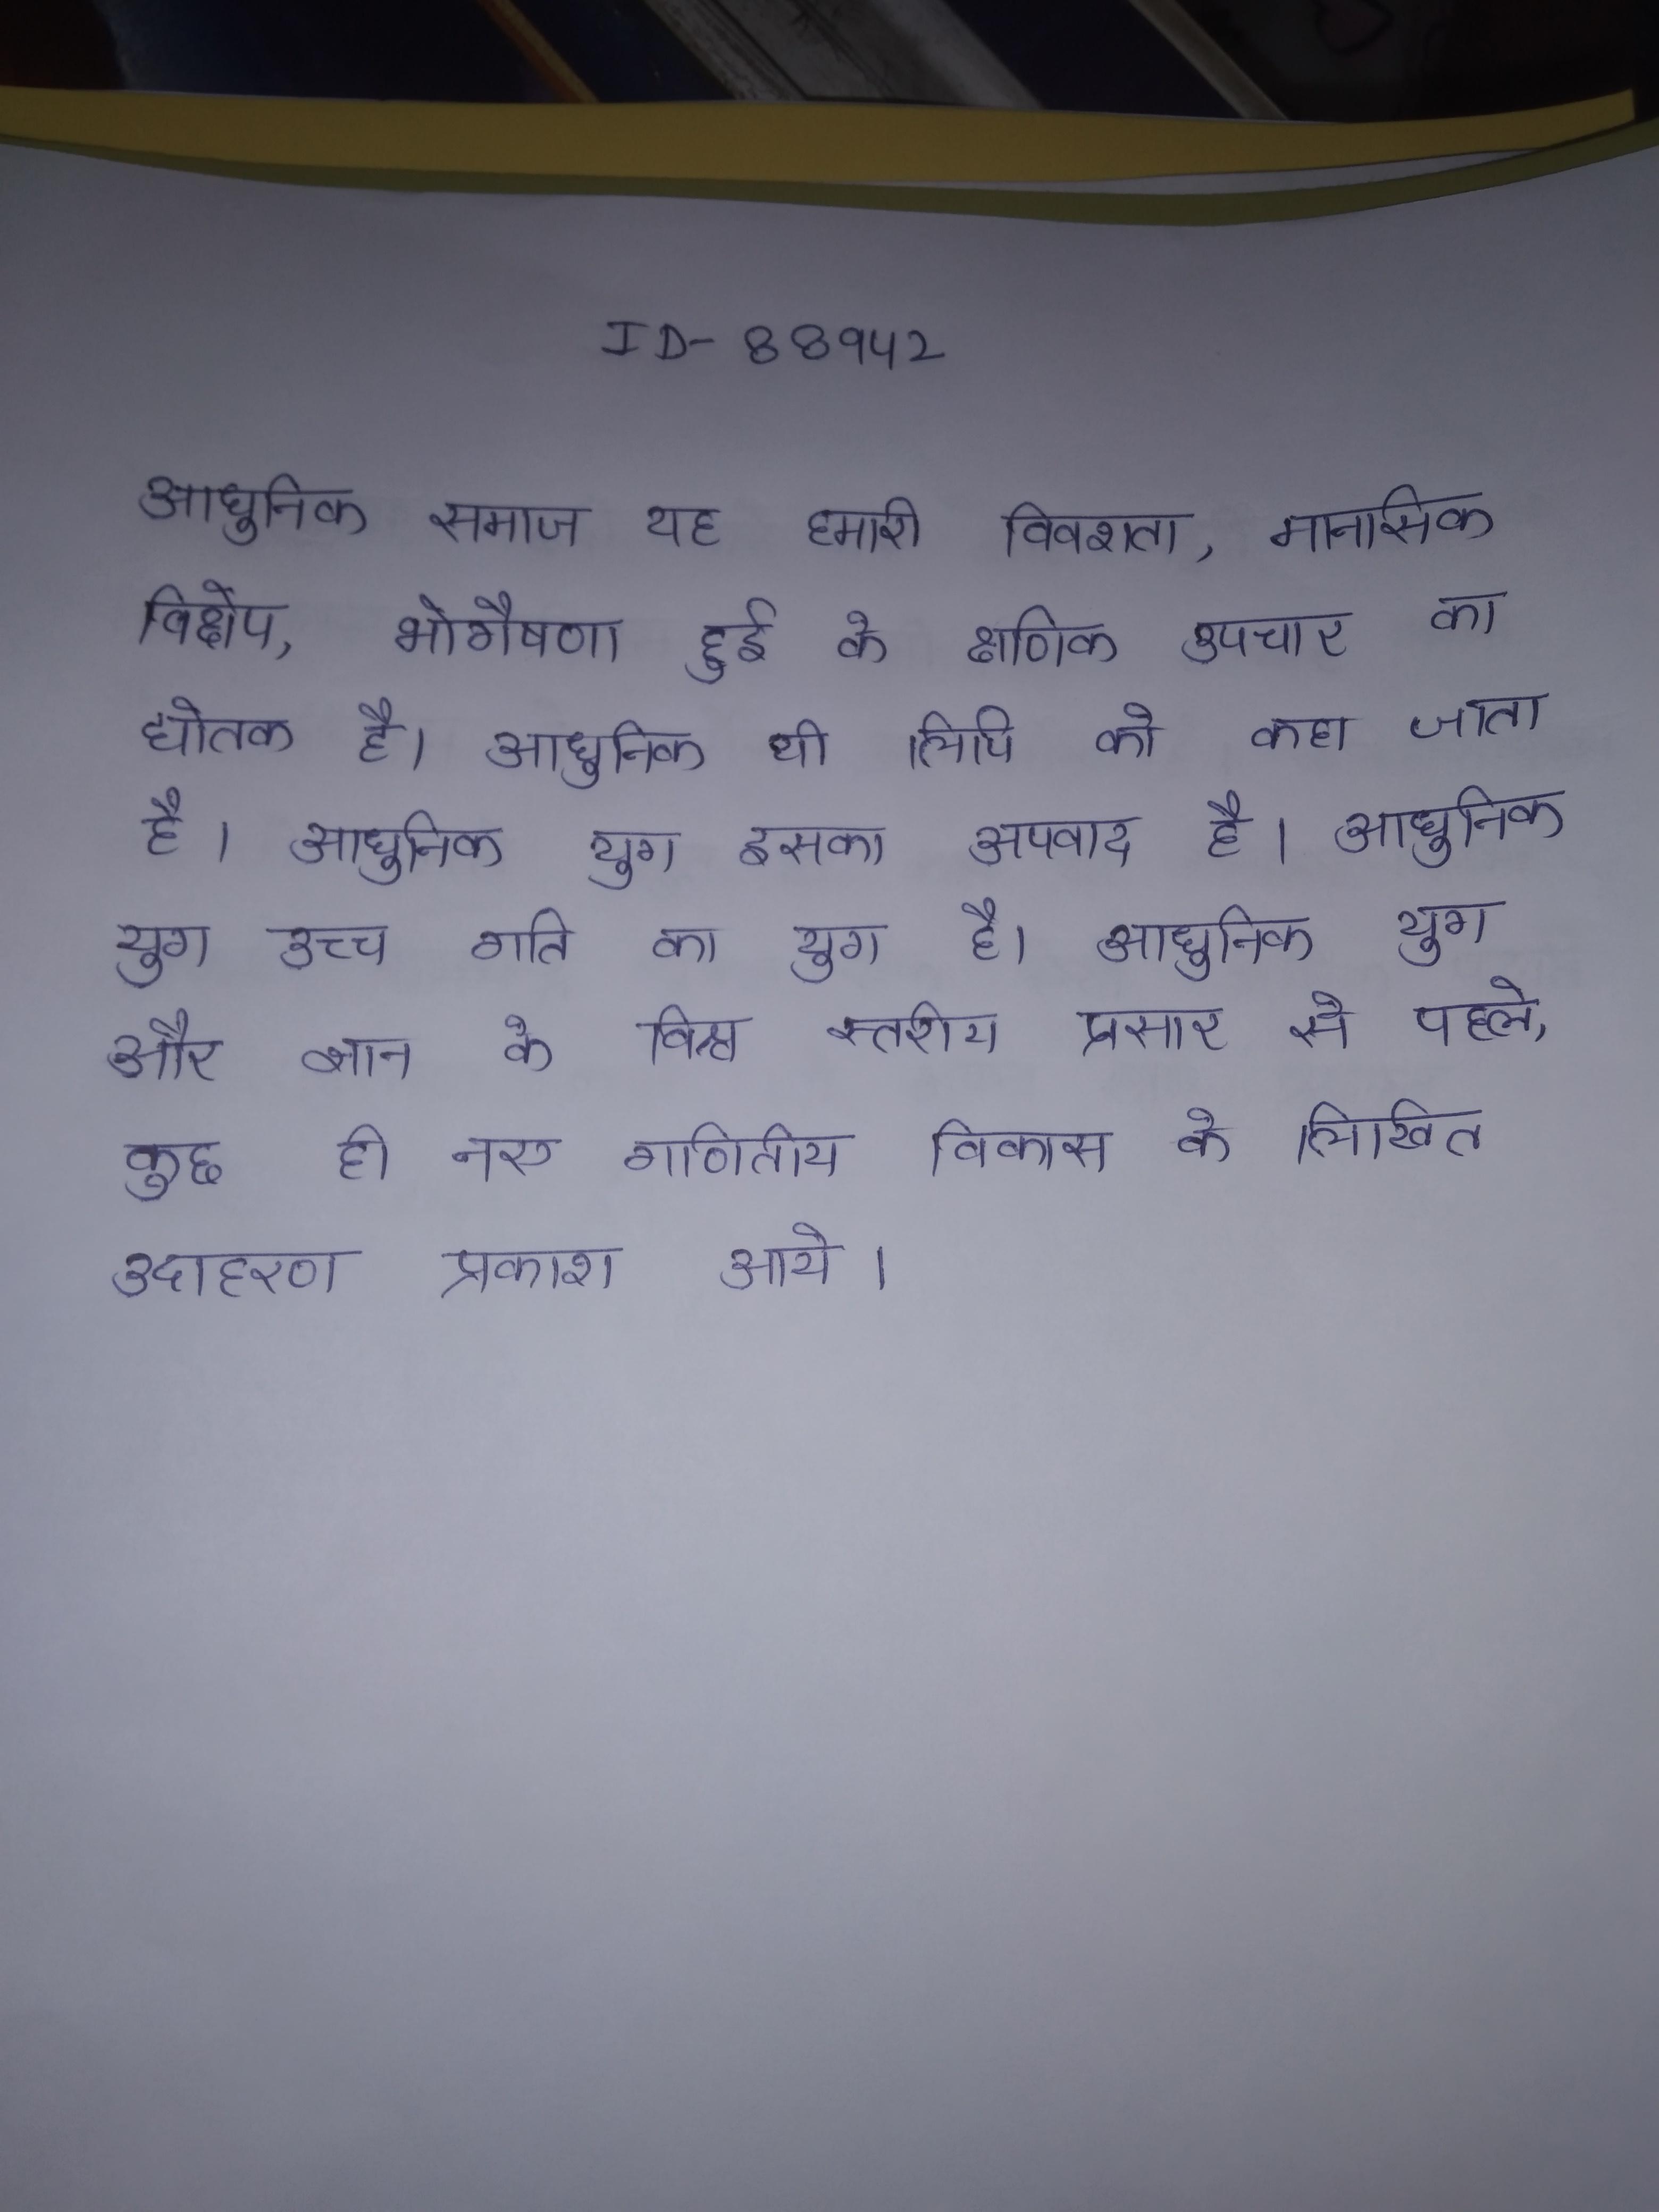
आधुनिक समाज यह हमारी विवशता, मानसिक विक्षेप, भोगैषणा हुई के क्षणिक उपचार का द्योतक है । आधुनिक यी लिपि को कहा जाता है । आधुनिक युग इसका अपवाद है । आधुनिक युग उच्च गति का युग है । आधुनिक युग और ज्ञान के विश्व स्तरीय प्रसार से पहले, कुछ ही नए गणितीय विकास के लिखित उदाहरण प्रकाश आये ।